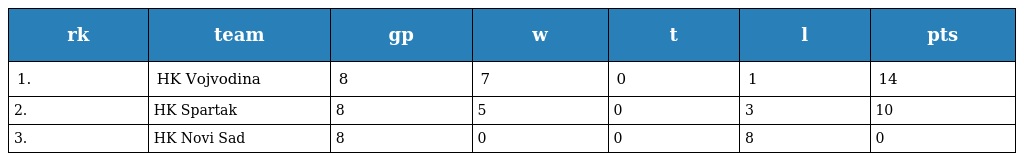
| rk | team | gp | w | t | l | pts |
 | --- | --- | --- | --- | --- | --- | --- |
 | 1. | HK Vojvodina | 8 | 7 | 0 | 1 | 14 |
 | 2. | HK Spartak | 8 | 5 | 0 | 3 | 10 |
 | 3. | HK Novi Sad | 8 | 0 | 0 | 8 | 0 |